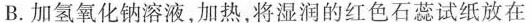
B.加氢氧化钠溶液，加热，将湿润的红色石蕊试纸放在